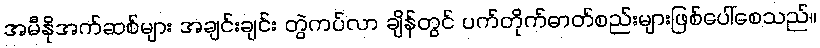
အမီနိုအက်ဆစ်များ အချင်းချင်း တွဲကပ်လာ ချိန်တွင် ပက်တိုက်ဓာတ်စည်းများဖြစ်ပေါ်စေသည်။